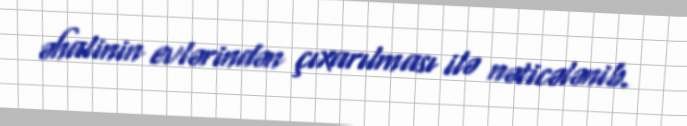
əhalinin evlərindən çıxarılması ilə nəticələnib.